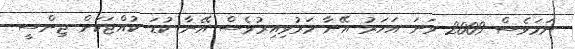
ނަމަވެސް 2009 ވަނަ އަހަރު އޭނާ މަރުވިއިރުވެސް އޭނާ ކުޑަ ކުއްޖަކަށް ޖިންސީ